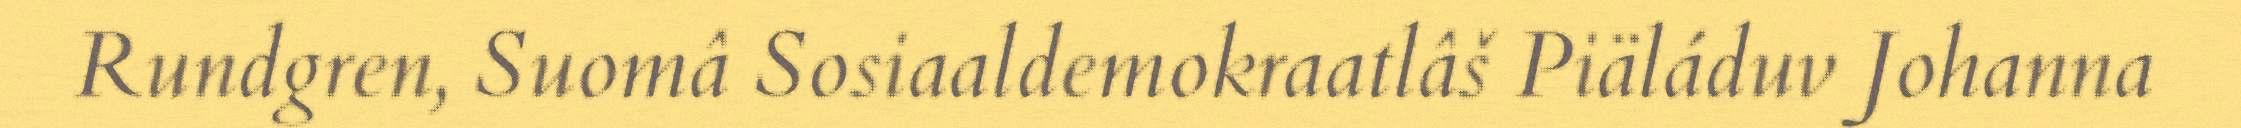
Rundgren, Suomâ Sosiaaldemokraatlâš Piäláduv Johanna